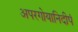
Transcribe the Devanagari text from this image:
अपरगोयानिदीपं